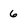
Character: 6